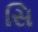
સિ